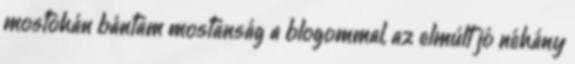
mostohán bántam mostanság a blogommal, az elmúlt jó néhány